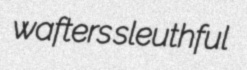
wafters sleuthful